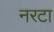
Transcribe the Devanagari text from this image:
नरटा